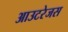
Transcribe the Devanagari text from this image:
आउटरेजस